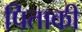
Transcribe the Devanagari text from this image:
पिताकी